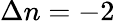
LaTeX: \Delta n=-2